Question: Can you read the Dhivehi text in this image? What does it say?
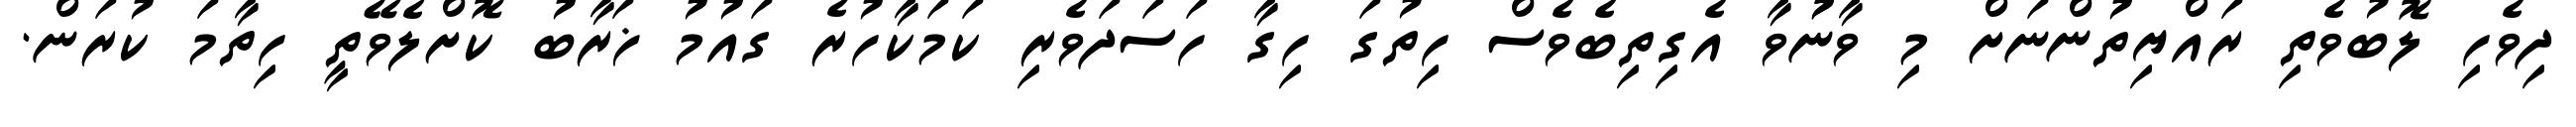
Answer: ދިވެހި ލޮބުވެތި ރައްޔިތުންނަށް މި ވާނުުވާ އެގިތިބެވެސް ހިތުގަ ހިގާ ހަސަދަވެރި ކަމަކާހުރެ ގައުމު ޚަރާބު ކޮށްލެވޭތީ ހިތާމަ ކުރަން.